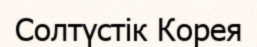
Солтүстік Корея